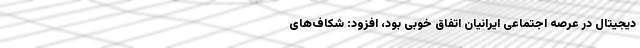
دیجیتال در عرصه اجتماعی ایرانیان اتفاق خوبی بود، افزود: شکاف‌های